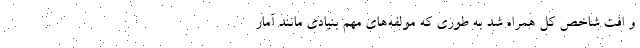
و افت شاخص کل همراه شد به طوری که مولفه‌های مهم بنیادی مانند آمار